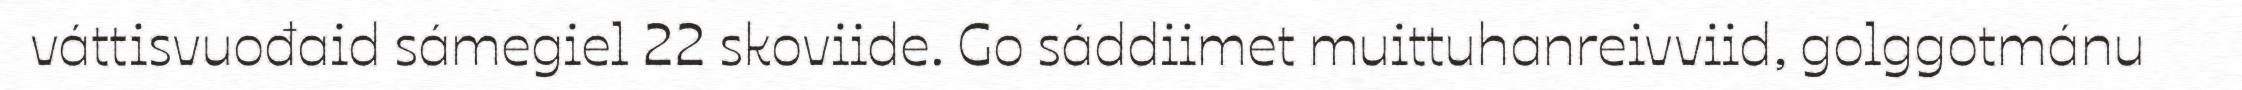
váttisvuođaid sámegiel 22 skoviide. Go sáddiimet muittuhanreivviid, golggotmánu